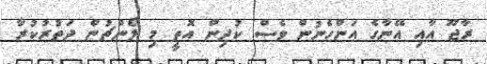
ރާޖޫ އާއި އޭނާގެ އަންހެނުން ވެސް ކުދިން އޮތީ މި ލޯންޗުން ދަތުރުކުރާ